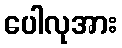
ပေါလုအား